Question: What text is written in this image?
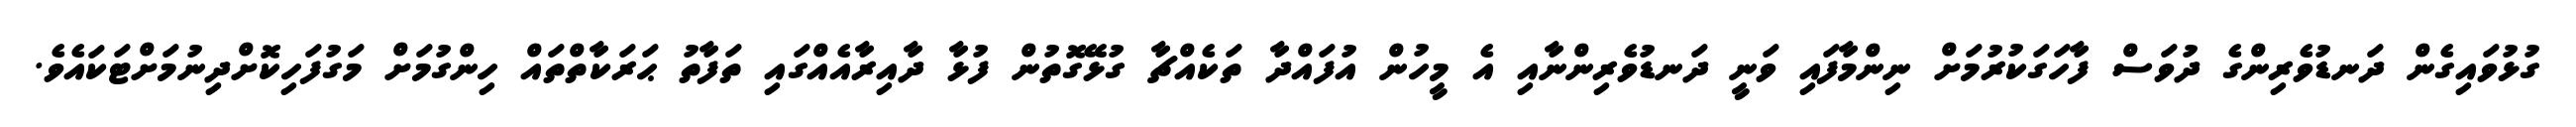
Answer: ގުޅުވައިގެން ދަނޑުވެރިންގެ ދުވަސް ފާހަގަކުރުމަށް ނިންމާފައި ވަނީ ދަނޑުވެރިންނާއި އެ މީހުން އުފައްދާ ތަކެއްޗާ ގުޅޭގޮތުން ފުޅާ ދާއިރާއެއްގައި ތަފާތު ޙަރަކާތްތައް ހިންގުމަށް މަގުފަހިކޮށްދިނުމަށްޓަކައެވެ.